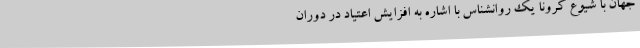
جهان با شیوع کرونا یک روانشناس با اشاره به افزایش اعتیاد در دوران